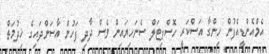
އެމްއެންޑީއެފުން ހިންގާ އަސްކަރީ ހޮސްޕިޓަލް ސެނަހިޔައިން ވެސް ދާދި ފަހުން އާސަންދައިގެ ޚިދުމަތް